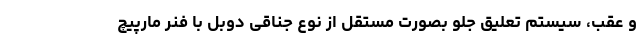
و عقب، سیستم تعلیق جلو بصورت مستقل از نوع جناقی دوبل با فنر مارپیچ